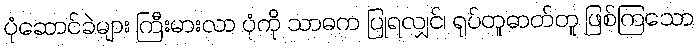
ပုံဆောင်ခဲများ ကြီးမားလာ ပုံကို သာဓက ပြုရလျှင်၊ ရုပ်တူဓာတ်တူ ဖြစ်ကြသော